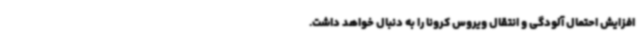
افزایش احتمال آلودگی و انتقال ویروس کرونا را به دنبال خواهد داشت.